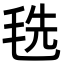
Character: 毨